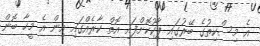
އެ މިސްކިތުގެ ބޭރުގައި ޕާކުކޮށްފައި އޮތް ކާރެއްގައި އިން އެ މީހާ ބޮން